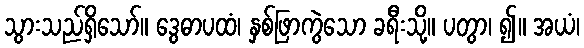
သွားသည်ရှိသော်။ ဒွေဓာပထံ၊ နှစ်ဖြာကွဲသော ခရီးသို့။ ပတွာ၊ ၍။ အယံ၊